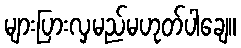
များပြားလှမည်မဟုတ်ပါချေ။